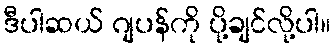
ဒီပါဆယ် ဂျပန်ကို ပို့ချင်လို့ပါ။